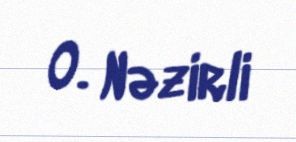
O. Nəzirli